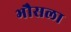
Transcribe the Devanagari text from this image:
भौसला